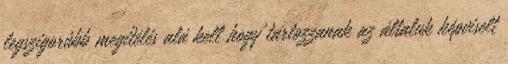
legszigorúbb megítélés alá kell hogy tartozzanak az általuk képviselt